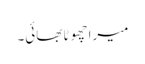
میرا چھوٹا بھائی۔